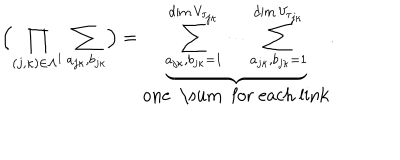
\Bigl ( \prod _ { ( j , \kappa ) \in \Lambda ^ { 1 } } \sum _ { a _ { j \kappa } , b _ { j \kappa } } \Bigr ) = \underbrace { \sum _ { a _ { j \kappa } , b _ { j \kappa } = 1 } ^ { \dim V _ { \tau _ { j \kappa } } } \cdots \sum _ { a _ { j \kappa } , b _ { j \kappa } = 1 } ^ { \dim V _ { \tau _ { j \kappa } } } } _ { \mathrm { o n e ~ \sum ~ f o r ~ e a c h ~ l i n k } } .